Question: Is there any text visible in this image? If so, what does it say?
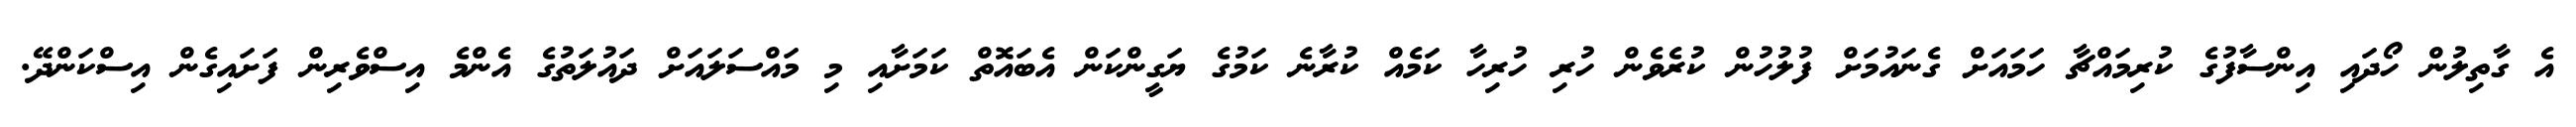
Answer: އެ ގާތިލުން ހޯދައި އިންސާފުގެ ކުރިމައްޗާ ހަމައަށް ގެނައުމަށް ފުލުހުން ކުރެވެން ހުރި ހުރިހާ ކަމެއް ކުރާނެ ކަމުގެ ޔަގީންކަން އެބައޮތް ކަމަށާއި މި މައްސަލައަށް ދައުލަތުގެ އެންމެ އިސްވެރިން ފަށައިގެން އިސްކަންދޭ.